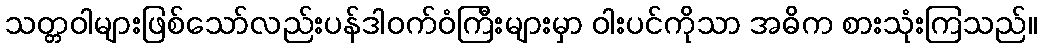
သတ္တဝါများဖြစ်သော်လည်းပန်ဒါဝက်ဝံကြီးများမှာ ဝါးပင်ကိုသာ အဓိက စားသုံးကြသည်။